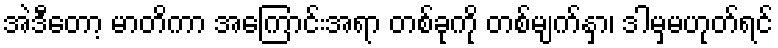
အဲဒီတော့ မာတိကာ အကြောင်းအရာ တစ်ခုကို တစ်မျက်နှာ၊ ဒါမှမဟုတ်ရင်